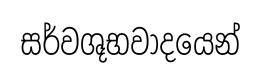
සර්වශූභවාදයෙන්